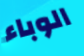
الوباء